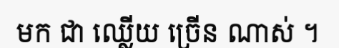
មក ជា ឈ្លើយ ច្រើន ណាស់ ។